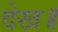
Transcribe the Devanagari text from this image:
देख॥